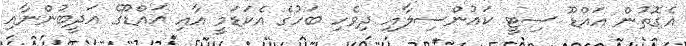
އެގޮތުން އައްޑޫ ސިޓީ ކައުންސިލާއި ދިވެހި ބަހުގެ އެކަޑަމީ އާއި އައްޑޫގެ އަދީބުންނާއި